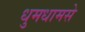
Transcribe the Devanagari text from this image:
धुमधामसे